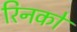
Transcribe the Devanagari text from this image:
रिनको